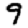
Digit: 9